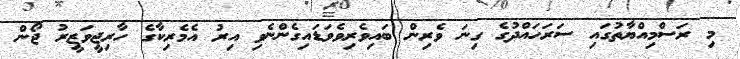
މި ރަސްމިއްޔާތުގައި ސަރަހައްދުގެ ގިނަ ވެރިން ބައިވެރިވެވަޑައިގެންނެވި އިރު އެމެރިކާގެ ހާރިޖީވަޒީރު ޖޯން